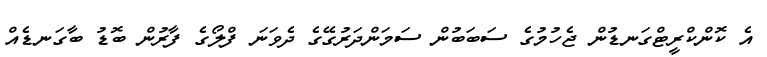
އެ ކޮންކްރީޓްގަނޑުން ޖެހުމުގެ ސަބަބުން ސަމަންދަރުގޭގެ ދެވަނަ ފްލޯގެ ފާރުން ބޮޑު ބާގަނޑެއް